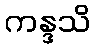
ကန္ဒသိ